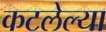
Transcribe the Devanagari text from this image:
कटलेल्या